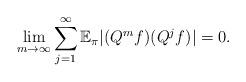
LaTeX: \begin{align*}\lim_{m\rightarrow\infty}\sum_{j=1}^{\infty}\mathbb{E}_{\pi}|(Q^{m}f)(Q^{j}f)|=0. \end{align*}